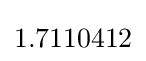
1.7110412